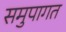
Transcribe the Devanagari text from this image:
समुपागत